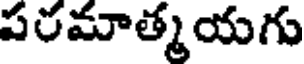
పరమాత్మయగు